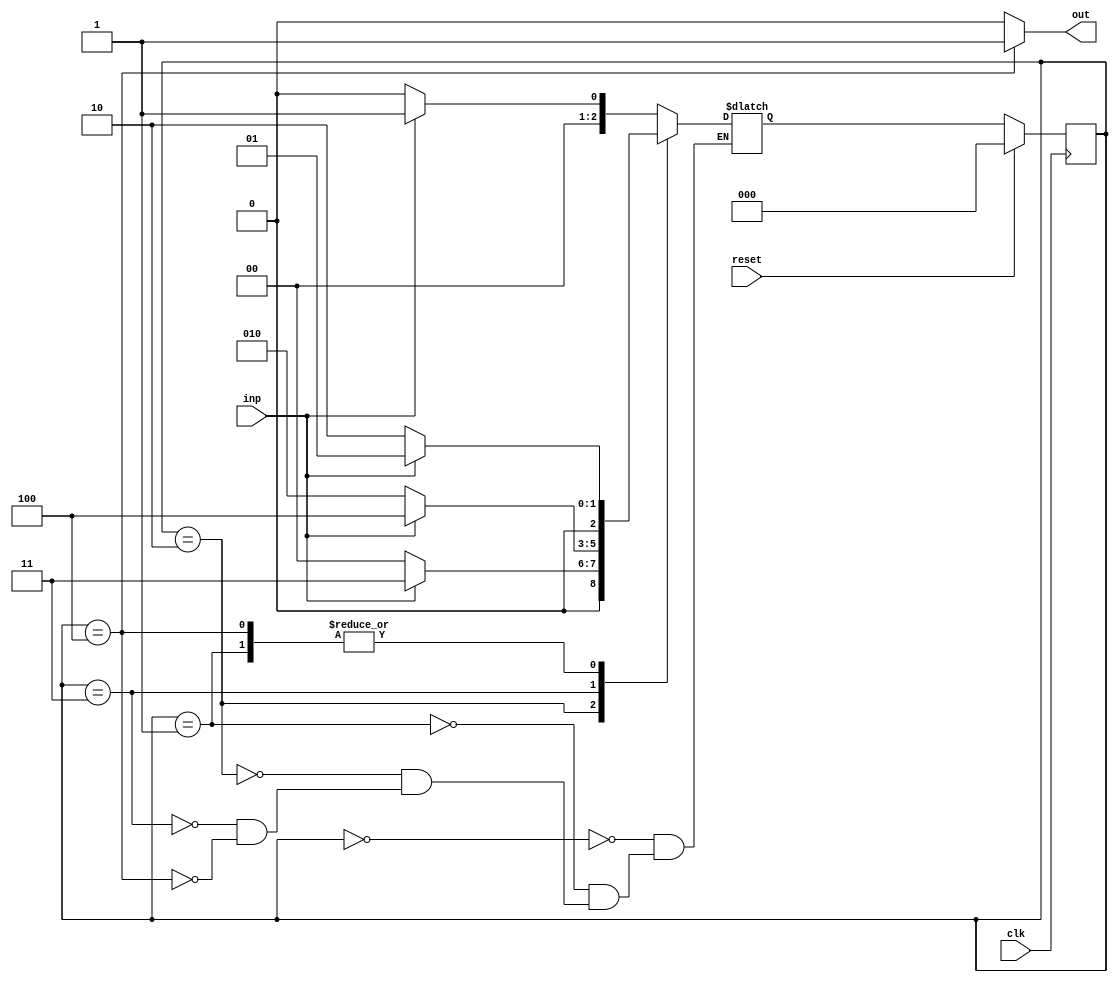
// Code your design here
module seq_detector1011(
  input wire clk,
  input wire reset,
  input wire inp,
  output reg out
);
  
  reg [2:0] present_state, next_state;
  parameter S0 = 3'b000, S1 = 3'b001, S2 = 3'b010, S3 = 3'b011, S4 = 3'b100;
  
  //logic for present state
  always @(posedge clk)
    begin 
      if (reset)
        begin
          present_state <= S0;
        end
      else
        begin
          present_state <= next_state;
        end
    end
  //logic for next state
  always @(*)
    begin
      case(present_state)
        S0: begin
          if(inp)
            next_state = S1;
          else
            next_state = S0;
        end
        S1: begin
          if(inp)
            next_state = S1;
          else
            next_state = S2;
        end
        S2: begin
          if(inp)
            next_state = S3;
          else
            next_state = S0;
        end
        S3: begin
          if(inp)
            next_state = S4;
          else
            next_state = S2;
        end
        S4: begin
          if(inp)
            next_state = S1;
          else
            next_state = S2;
        end
      endcase
    end
  
  // logic for output
  always @(*)
    begin
      case(present_state)
        S0:  out = 0; 
        S1:  out = 0; 
        S2:  out = 0; 
        S3:  out = 0; 
        S4:  out = 1; 
        default: out = 0;
    endcase
    end
endmodule